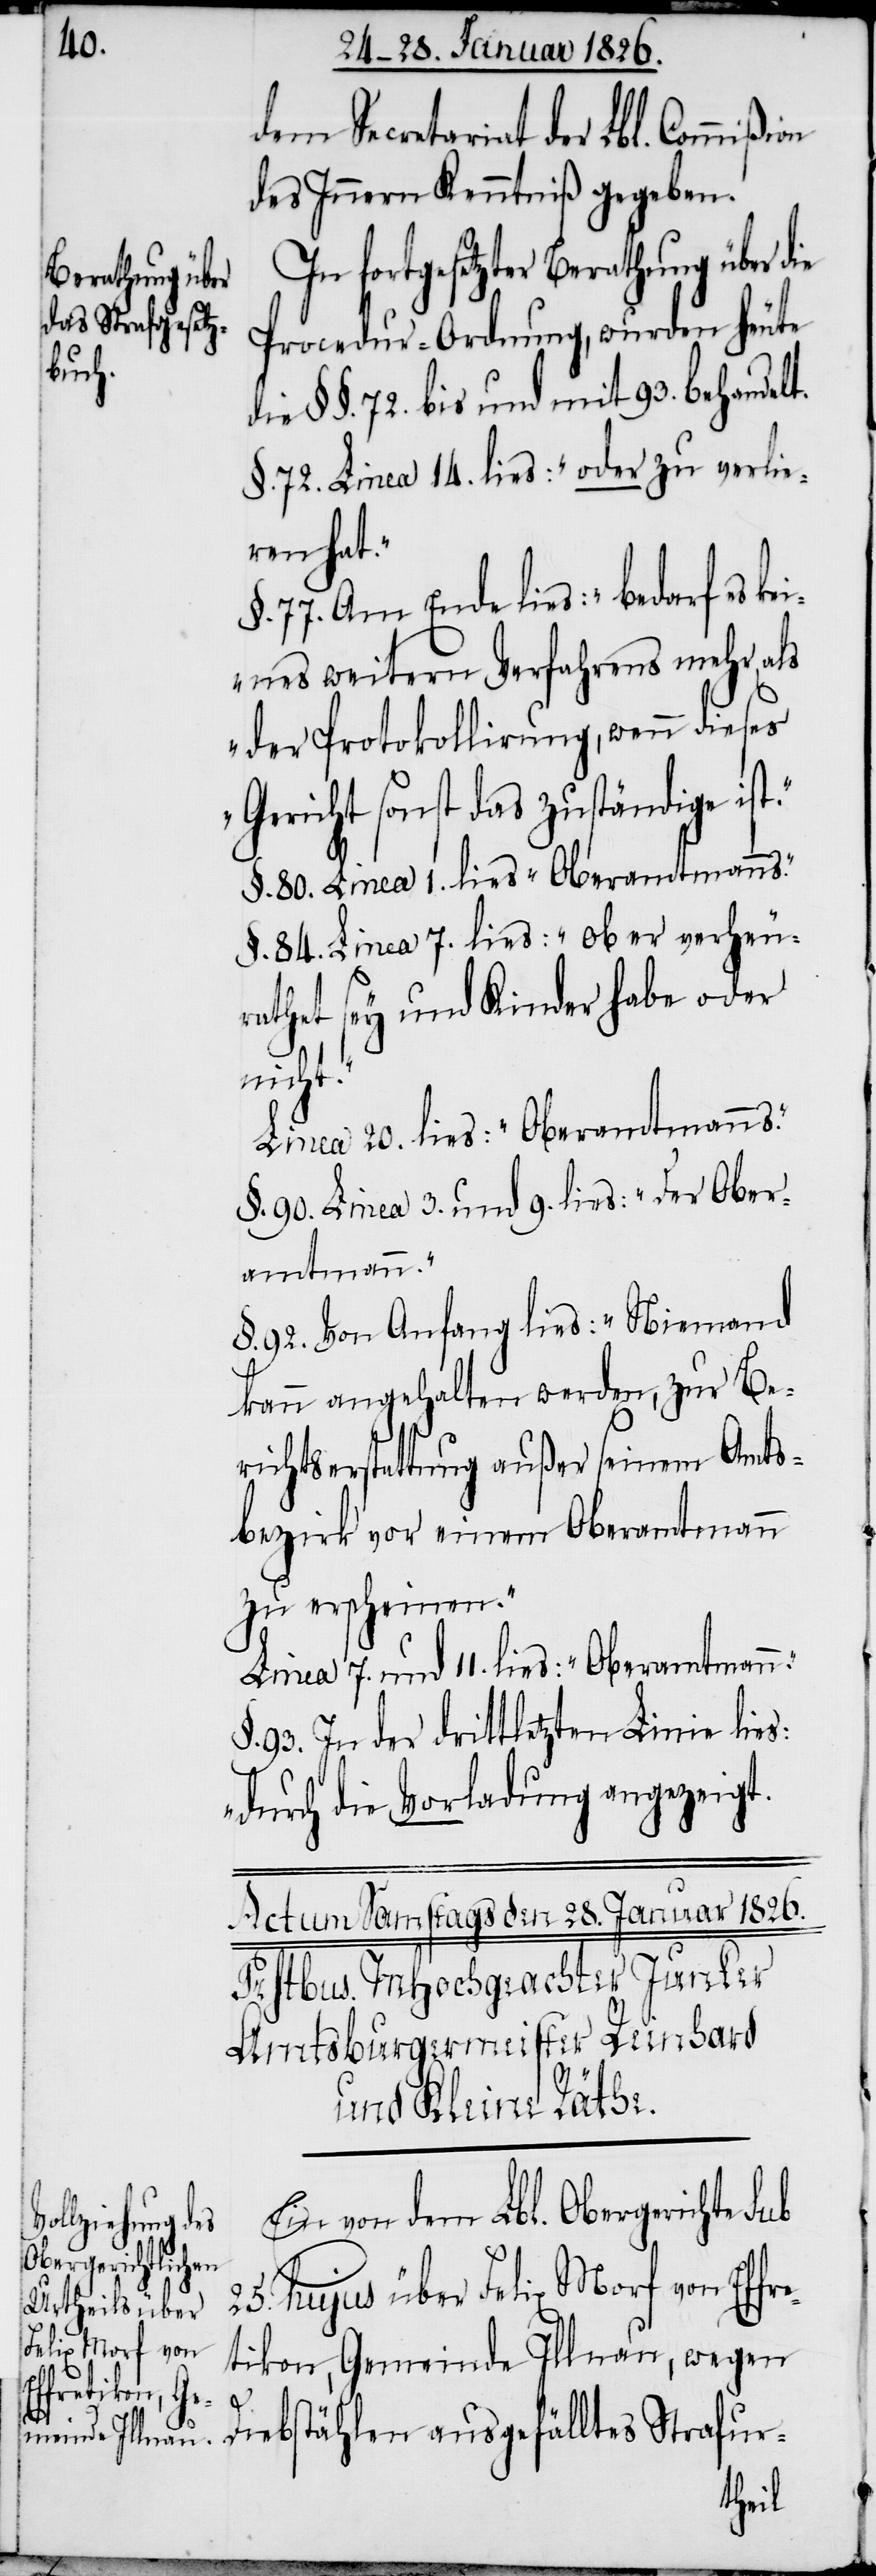
dem Secretariat der Lbl. Commißi¬
des Innern Kenntniß gegeben.
In fortgesetzter Berathung über die
Procedur-Ordnung, wurden heute
die §§. 72. bis und mit 93. behandelt.
§. 72. Linea 14. lies: „oder zu verlie¬
ren hat.“
77. Am Ende lies: „bedarf es
keines weitern Verfahrens mehr, als
der Protokollirung, wenn dieses
Gericht sonst das zuständige is¬
§. 80. Linea 1. lies „Oberamtmanns.“
§. 84. Linea 7. lies: „Ob er verheu¬
rathet sey und Kinder habe oder
t.[“]
Linea 20. lies: „Oberamtmanns.“
§. 90. Linea 3. und 9. lies: „der Ober¬
amtmann.“
§. 92. Von Anfang lies: „Niemand
kann angehalten werden, zur Be¬
richtserstattung außer seinem Amts¬
bezirk vor einem Oberamtmann
zu erscheinen.“
Linea 7. und 11. lies: „Oberamtmann.“
§. 93. In der drittletzten Linie lies:
„durch die Vorladung angezeig¬
Ein von dem Lbl. Obergerichte sub
e¬
25. hujus über Felix Morf von Effr¬
tikon, Gemeinde Illnau, wegen
Diebstählen ausgefälltes Strafur-